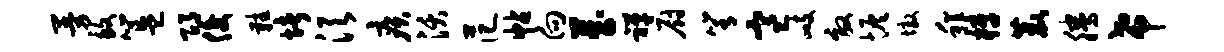
曼致簋邛俊鞋堵须疾沃范帖向藏禅厨箐寒峙效恢墩程梓鹿腾希